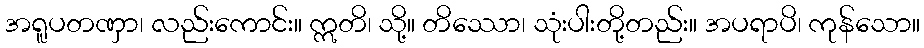
အရူပတဏှာ၊ လည်းကောင်း။ ဣတိ၊ သို့။ တိဿော၊ သုံးပါးတို့တည်း။ အပရာပိ၊ ကုန်သော။